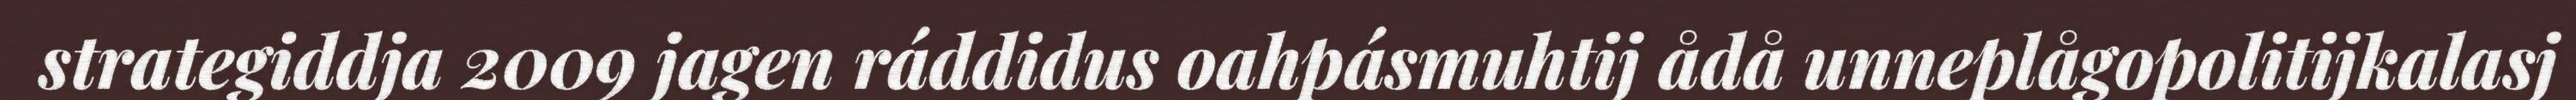
strategiddja 2009 jagen ráddidus oahpásmuhtij ådå unneplågopolitijkalasj